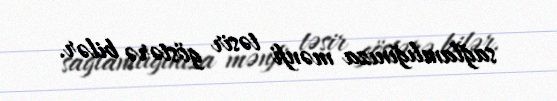
sağlamlığınıza mənfi təsir göstərə bilər.